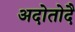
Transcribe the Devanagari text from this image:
अदोतोदै